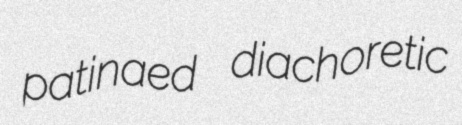
patinaed diachoretic